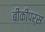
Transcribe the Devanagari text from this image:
बीकीपर्स